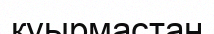
қуырмастан